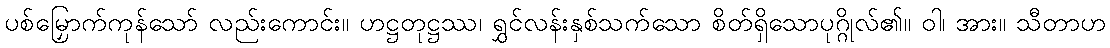
ပစ်မြှောက်ကုန်သော် လည်းကောင်း။ ဟဋ္ဌတုဋ္ဌဿ၊ ရွှင်လန်းနှစ်သက်သော စိတ်ရှိသောပုဂ္ဂိုလ်၏။ ဝါ၊ အား။ သီတာဟ